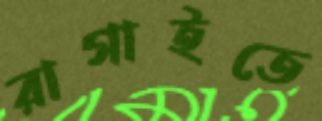
রাগাইতে